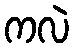
ကလဲ